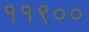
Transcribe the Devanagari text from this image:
११९००